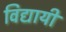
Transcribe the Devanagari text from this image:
विद्यायी